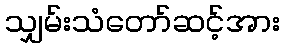
သျှမ်းသံတော်ဆင့်အား